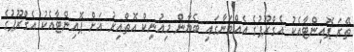
ތޭރަ ޕޮއިންޓާއެކު އެގްރޫޕުގެ އެއްވަނާގައި ބެޔާން މިއުނިކް އޮތްއިރު އަށް ޕޮއިންޓާއެކު އެގްރޫޕުގެ